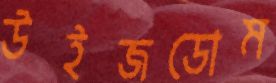
উইজডোম